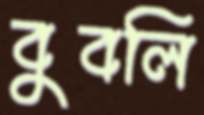
বুবলি